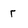
Character: r